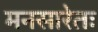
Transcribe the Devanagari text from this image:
मनसारेतः